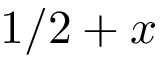
1 / 2 + x